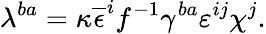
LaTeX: \lambda^{ba}=\kappa\overline{{{\epsilon}}}^{i}f^{-1}\gamma^{ba}\varepsilon^{ij}\chi^{j}.